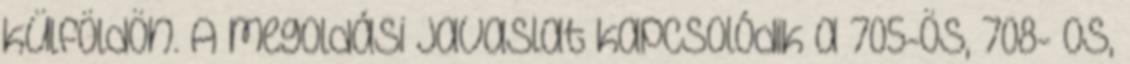
külföldön. A megoldási javaslat kapcsolódik a 705-ös, 708- os,